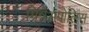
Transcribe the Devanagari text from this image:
मिन्नेअपोलिस